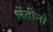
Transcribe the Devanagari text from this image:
लेंतीनो